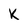
Character: k